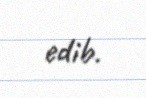
edib.